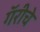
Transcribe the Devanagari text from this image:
गॅरीचे